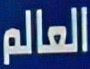
العالم